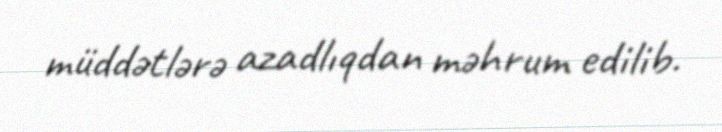
müddətlərə azadlıqdan məhrum edilib.